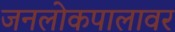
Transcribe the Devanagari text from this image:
जनलोकपालावर